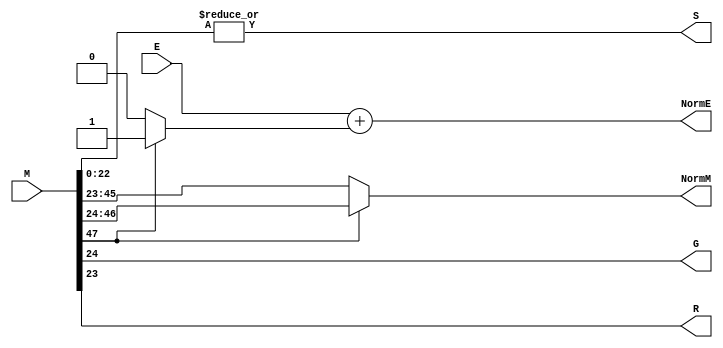
`timescale 1ns / 1ps

//////////////////////////////////////////////////////////////////////////////////
//
// Module Name:    FPMult_NormalizeModule 
// Project Name: 	 Floating Point Project
//
//////////////////////////////////////////////////////////////////////////////////

module FPMult_NormalizeModule(
		M,
		E,
		NormM,
		NormE,
		G,
		R,
		S
    );

	// Input ports
	input [47:0] M ;													// Unnormalized mantissa
	input [8:0] E ;													// Unnormalized exponent
	
	// Output ports
	output [22:0] NormM ;											// Normalized mantissa
	output [8:0] NormE ;												// Normalized exponent
	output G ;															// Guard bit (M0)
	output R ;															// Round bit
	output S ;															// Sticky bit
	
	// Internal signals
	wire [47:0] ShiftedM ;											// The shifted mantissa
	
	assign ShiftedM = M >> 1 ;										// Perform right shift
	assign NormM = (M[47] ? ShiftedM[45:23] : M [45:23]); // Check for overflow
	assign NormE = E + (M[47] ? 1 : 0) ;						// If so, increment exponent
	
	assign G =  M[24] ;												// Pick out guard bit
	assign R =  M[23] ;												// Round bit (at cutoff)
	assign S = |M[22:0] ;											// Sticky, OR of all the cutoff bits

endmodule